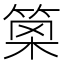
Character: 𥮣